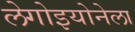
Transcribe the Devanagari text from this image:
लेगोइयोनेला